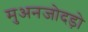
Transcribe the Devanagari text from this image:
मुअनजोदड़ो